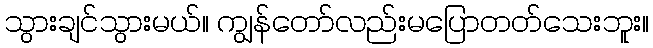
သွားချင်သွားမယ်။ ကျွန်တော်လည်းမပြောတတ်သေးဘူး။